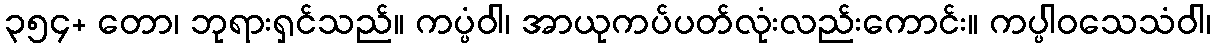
၃၅၄+ တော၊ ဘုရားရှင်သည်။ ကပ္ပံဝါ၊ အာယုကပ်ပတ်လုံးလည်းကောင်း။ ကပ္ပါဝသေသံဝါ၊